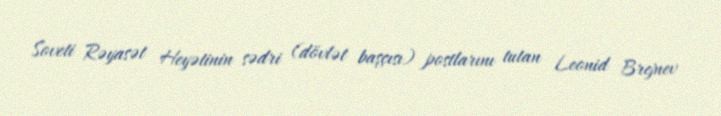
Soveti Rəyasət Heyətinin sədri (dövlət başçısı) postlarını tutan Leonid Brejnev